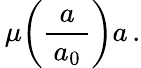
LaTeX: \, \mu\! \left({\frac{a}{\, a_{0}\, }}\right)a\, .